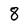
Character: 8